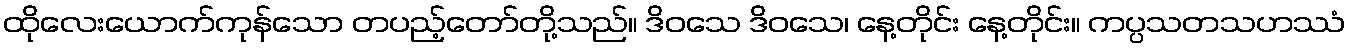
ထိုလေးယောက်ကုန်သော တပည့်တော်တို့သည်။ ဒိဝသေ ဒိဝသေ၊ နေ့တိုင်း နေ့တိုင်း။ ကပ္ပသတသဟဿံ